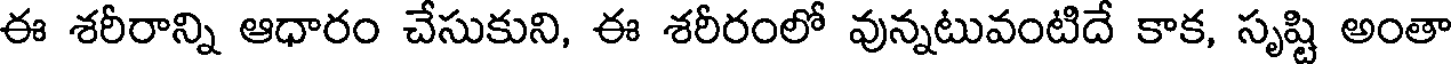
ఈ శరీరాన్ని ఆధారం చేసుకుని, ఈ శరీరంలో వున్నటువంటిదే కాక, సృష్టి అంతా